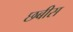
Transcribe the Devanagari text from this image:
छबीस